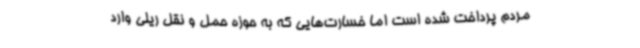
مردم پرداخت شده است اما خسارت‌هایی که به حوزه حمل و نقل ریلی وارد